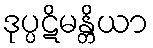
ဒုပ္ပဋိမန္တိယာ